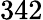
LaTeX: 342